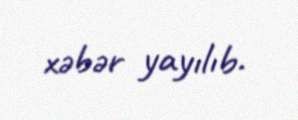
xəbər yayılıb.